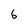
Character: 6